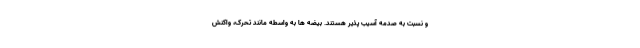
و نسبت به صدمه آسیب پذیر هستند. بیضه ها به واسطه مانند تحرک، واکنش